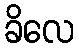
ခိလေ